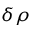
\delta \rho